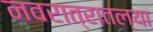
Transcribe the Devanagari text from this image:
नवरात्रातल्या